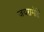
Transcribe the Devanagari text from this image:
जयरामेति